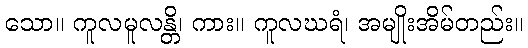
သော။ ကူလမူလန္တိ၊ ကား။ ကူလဃရံ၊ အမျိုးအိမ်တည်း။